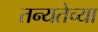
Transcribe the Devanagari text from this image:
तन्यतेच्या